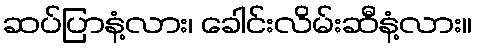
ဆပ်ပြာနံ့လား၊ ခေါင်းလိမ်းဆီနံ့လား။